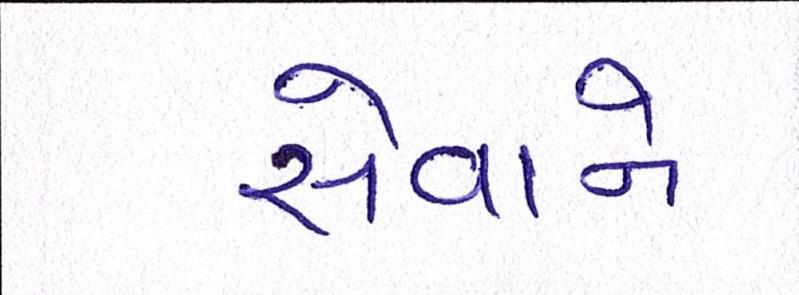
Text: સેવાને